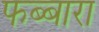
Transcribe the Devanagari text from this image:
फब्बारा